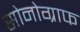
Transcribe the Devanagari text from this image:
सोनोग्राफ